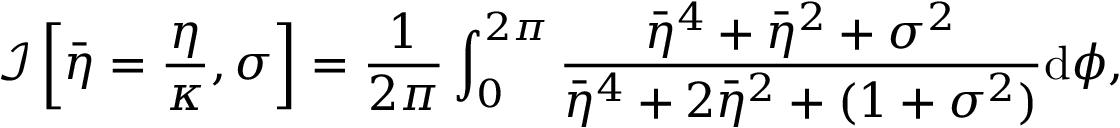
\mathcal { I } \left[ \Bar { \eta } = \frac { \eta } { \kappa } , \sigma \right] = \frac { 1 } { 2 \pi } \int _ { 0 } ^ { 2 \pi } \frac { \Bar { \eta } ^ { 4 } + \Bar { \eta } ^ { 2 } + \sigma ^ { 2 } } { \Bar { \eta } ^ { 4 } + 2 \Bar { \eta } ^ { 2 } + ( 1 + \sigma ^ { 2 } ) } \mathrm { d } \phi ,